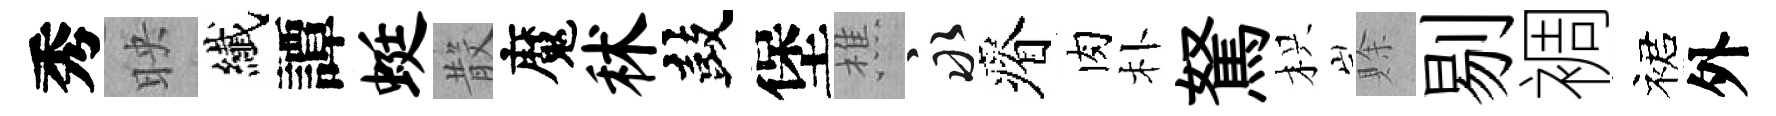
秀映纎譚蜓𣪚魔秫鼓堡樵永瘠肉朴駑枳賖剔裯裙外